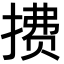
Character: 𫽧